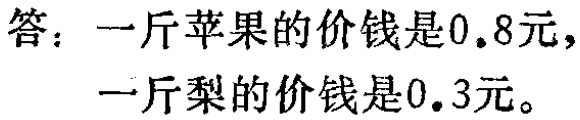
答：一斤苹果的价钱是\(0.8\)元，一斤梨的价钱是\(0.3\)元。